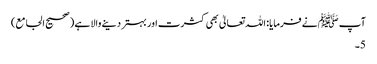
آپ ﷺنے فرمایا: اللہ تعالیٰ بھی کثرت اور بہتر دینے والا ہے (صحیح الجامع)
5۔